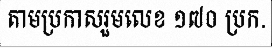
តាមប្រកាសរួមលេខ ១៧០ ប្រក.